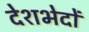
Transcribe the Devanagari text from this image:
देशभेदों